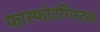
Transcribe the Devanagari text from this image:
फास्फोटंगिस्टक